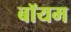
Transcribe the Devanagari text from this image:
बॉयम